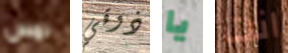
لمس ذوقي يا انت